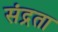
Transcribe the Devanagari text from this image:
संद्रता